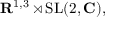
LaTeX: \mathbf { R } ^ { 1 , 3 } \rtimes \mathrm { S L } ( 2 , \mathbf { C } ) ,